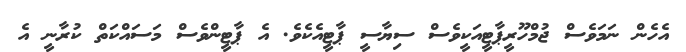
އެހެން ނަމަވެސް ޖުމްހޫރީޕާޓީއަކީވެސް ސިޔާސީ ޕާޓީއެކެވެ. އެ ޕާޓީންވެސް މަސައްކަތް ކުރާނީ އެ